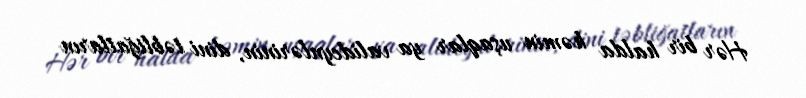
Hər bir halda həmin uşaqlar ya valideynlərinin, dini təbliğatların